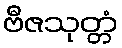
ဗီဇသုတ္တံ